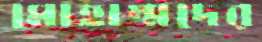
মোহাম্মদের